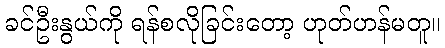
ခင်ဦးနွယ်ကို ရန်စလိုခြင်းတော့ ဟုတ်ဟန်မတူ။